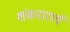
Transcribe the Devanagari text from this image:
शंकरारार्य